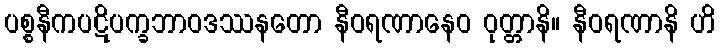
ပစ္စနီကပဋိပက္ခဘာဝဒဿနတော နီဝရဏာနေဝ ဝုတ္တာနိ။ နီဝရဏာနိ ဟိ